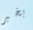
بخير